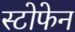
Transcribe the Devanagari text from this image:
स्टोफेन